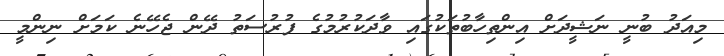
މިއަދު ބުނީ ނަޝީދަށް އިންތިހާބުތަކުގައި ވާދަކުރުމުގެ ފުރުސަތު ދޭން ޖެހޭނެ ކަަމަށް ނިންމީ